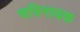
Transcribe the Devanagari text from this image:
चत्रिनायक